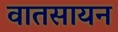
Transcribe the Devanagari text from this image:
वातसायन